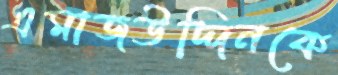
এমাজউদ্দিনকে